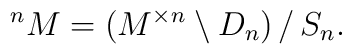
^n M =(M^{\times n}\setminus D_n)\,/\,S_n.